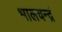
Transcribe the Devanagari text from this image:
भालचन्द्रं